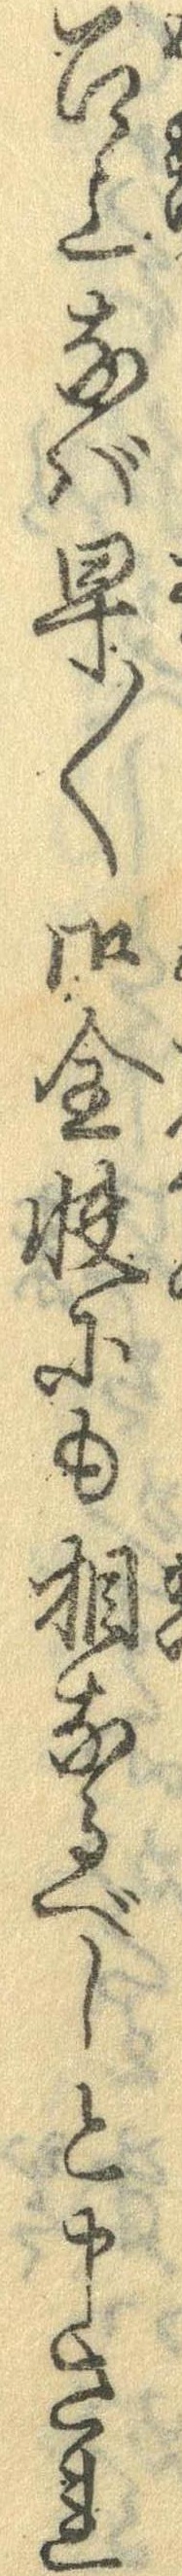
召上なば早〱御全快にも相なるべしと申され